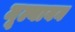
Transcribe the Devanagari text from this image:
मूल्यायन